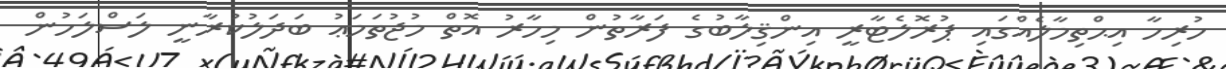
ހުރިހާ އިޙްތިމާލެއްގައި ޕުރޮލެޓާރީ އިންޤިލާބުގެ ފަރާތުން މިހާރު އޮތް މުޖުތަމަޢު ބަދަލުކުރާނީ ލަސްލަހުން